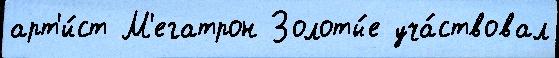
арт'и́ст М'егатрон Золоты́е уча́ствовал